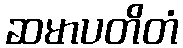
ဆမာပတိတံ